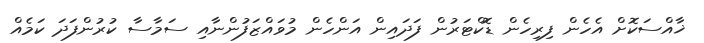
ޚާއްސަކޮށް އެހެން ފިރިހެން ޑޮކްޓަރުން ފަދައިން އަންހެން މުވައްޒަފުންނާއި ސަމާސާ ކުރުންފަދަ ކަމެއް